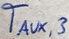
Text: TAUX,3